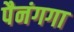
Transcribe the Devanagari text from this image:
पैनंगगा